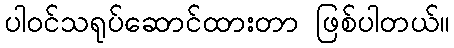
ပါဝင်သရုပ်ဆောင်ထားတာ ဖြစ်ပါတယ်။